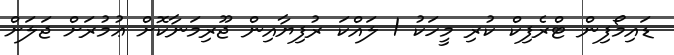
ޑައިމޯފިން ޓްރެފިކް ކުރި މީހަކު 1 ލައްކަ ރުފިޔާއިން ޖޫރިމަނާކޮށް ޢުމުރަށް ޖަލަށް